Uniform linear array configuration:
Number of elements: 12
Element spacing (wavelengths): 0.25
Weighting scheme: binomial
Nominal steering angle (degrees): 15
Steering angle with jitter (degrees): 13.342
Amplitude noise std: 0.05
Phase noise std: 0.05

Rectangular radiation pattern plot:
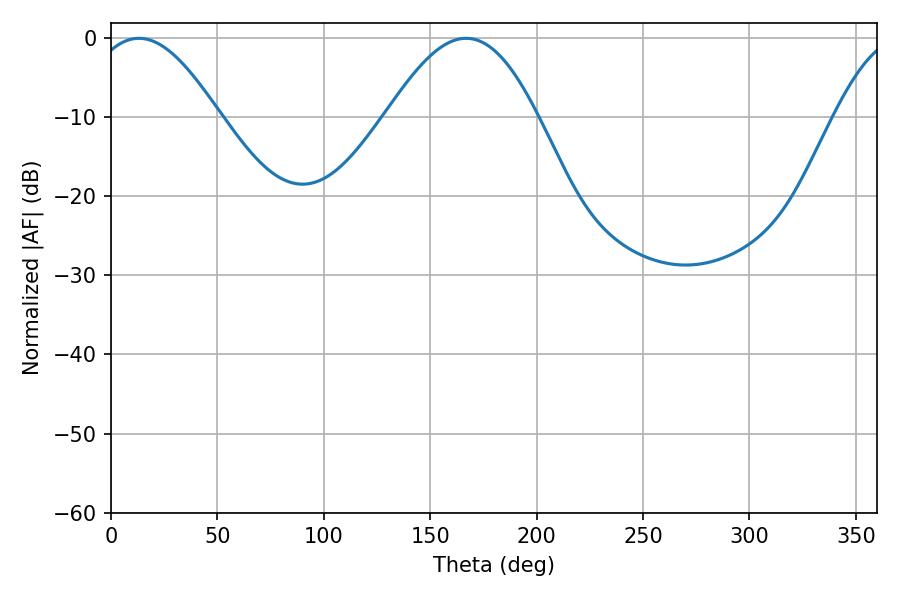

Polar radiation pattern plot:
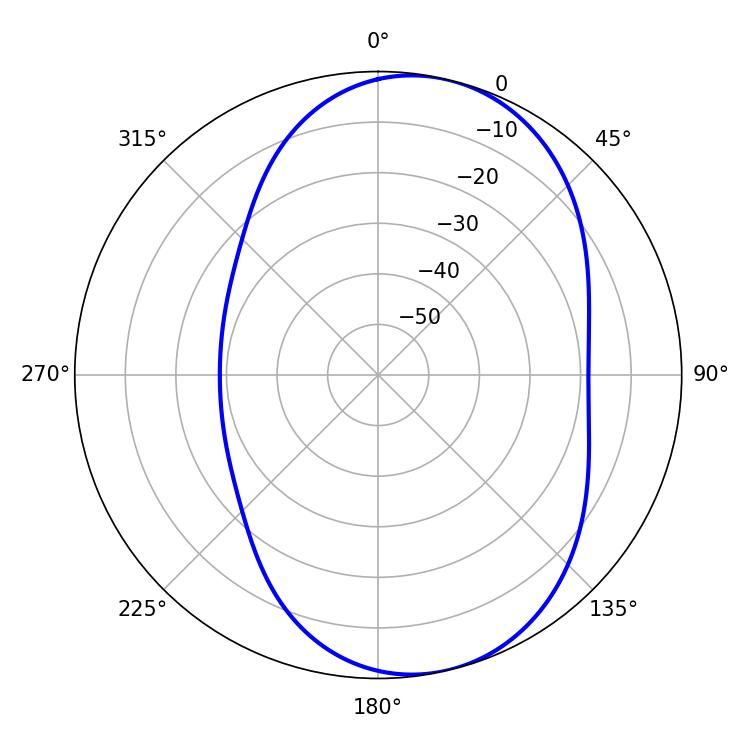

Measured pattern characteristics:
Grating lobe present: FALSE
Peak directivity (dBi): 7.393
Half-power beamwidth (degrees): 32.94
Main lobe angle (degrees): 13.14